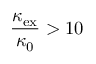
\frac { \kappa _ { \mathrm { e x } } } { \kappa _ { \mathrm { 0 } } } > 1 0